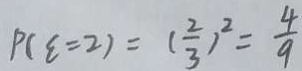
P ( \varepsilon = 2 ) = ( \frac { 2 } { 3 } ) ^ { 2 } = \frac { 4 } { 9 }